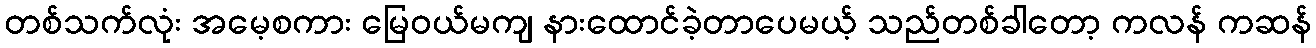
တစ်သက်လုံး အမေ့စကား မြေဝယ်မကျ နားထောင်ခဲ့တာပေမယ့် သည်တစ်ခါတော့ ကလန် ကဆန်